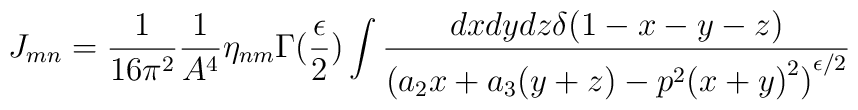
J_{mn}=\frac{1}{16\pi^2}\frac{1}{A^4}\eta_{nm}\Gamma(\frac{\epsilon}{2})\int\frac{dx dy dz \delta(1-x-y-z)}{{(a_2x+a_3(y+z)-p^2{(x+y)}^2)}^{\epsilon/2}}